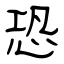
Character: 恐